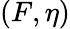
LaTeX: (F,\eta)